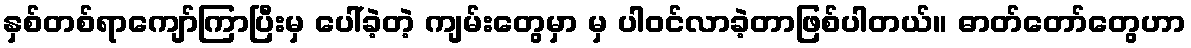
နှစ်တစ်ရာကျော်ကြာပြီးမှ ပေါ်ခဲ့တဲ့ ကျမ်းတွေမှာ မှ ပါဝင်လာခဲ့တာဖြစ်ပါတယ်။ ဓာတ်တော်တွေဟာ